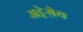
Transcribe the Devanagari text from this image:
अट्टेग़ेय